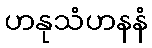
ဟနုသံဟနနံ